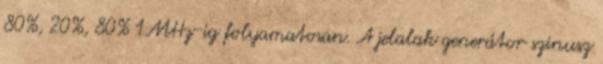
80%, 20%, 80% 1MHz-ig folyamatosan. A jelalak generátor szinusz